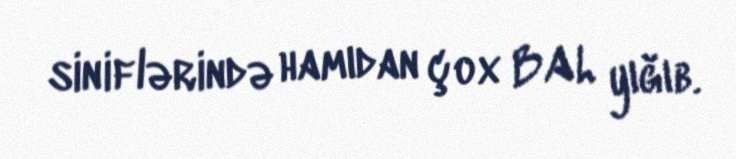
siniflərində hamıdan çox BAL yığıb.